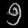
Digit: ၅